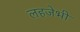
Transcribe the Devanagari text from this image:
लहजेभी